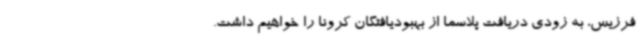
فرزیس، به زودی دریافت پلاسما از بهبودیافتگان کرونا را خواهیم داشت.